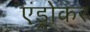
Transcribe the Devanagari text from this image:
एंड्रोकर